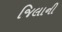
જિલાની